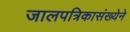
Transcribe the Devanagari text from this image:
जालपत्रिकासंख्येने